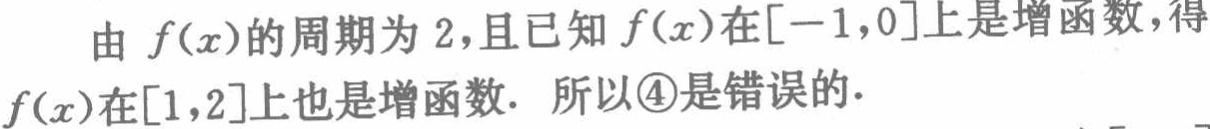
由 \(f(x)\) 的周期为 \(2\)，且已知 \(f(x)\) 在\([-1,0]\)上是增函数，得\(f(x)\)在\([1,2]\)上也是增函数. 所以\textcircled{4}是错误的.